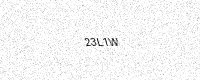
Text: 23L1W